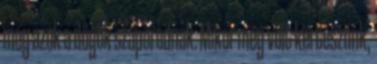
még azok a dögök szaporodnak. Mikor még volt kertészünk,